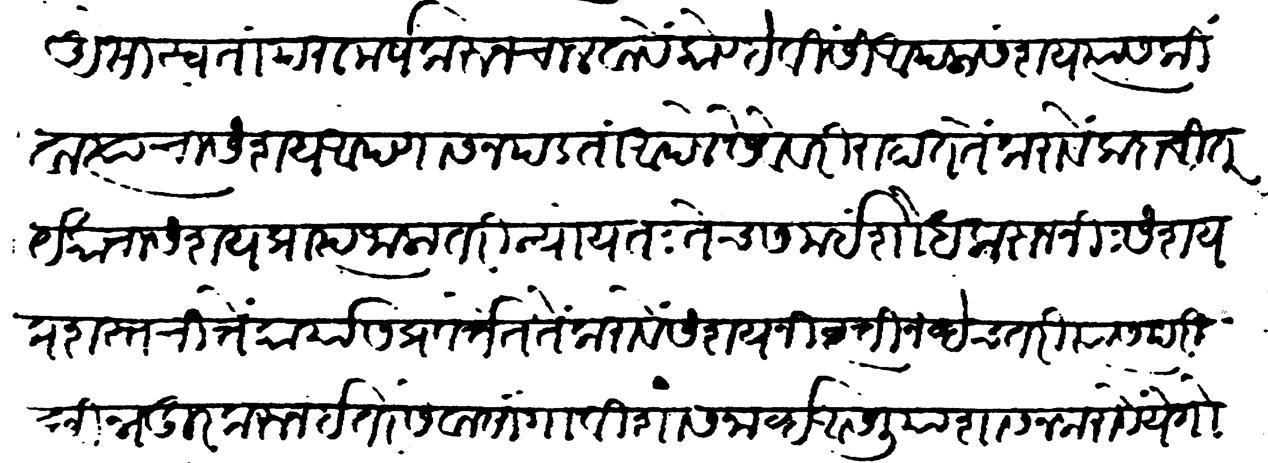
Transliteration (Devanagari): ऐसा स्वता परामर्ष करून चालवावें कोण्हेविसी आपला संशय त्यास किंवा त्याचा संशय आपणास न पडता आपले सेवेवरी राहात तें करावे कदाचित येकाचा संशय प्राप्त जाला तरी न्यायत: तेच समई शोध करुन निःसंशय प्रशस्त चित्तें कार्यास प्रवर्तेत तें करावे संशय निवृत्ती नव्हेच तरी परीछिन्न दूर करून इतर सेवा सांगावी शासनार्ह असलीया शासन करावे